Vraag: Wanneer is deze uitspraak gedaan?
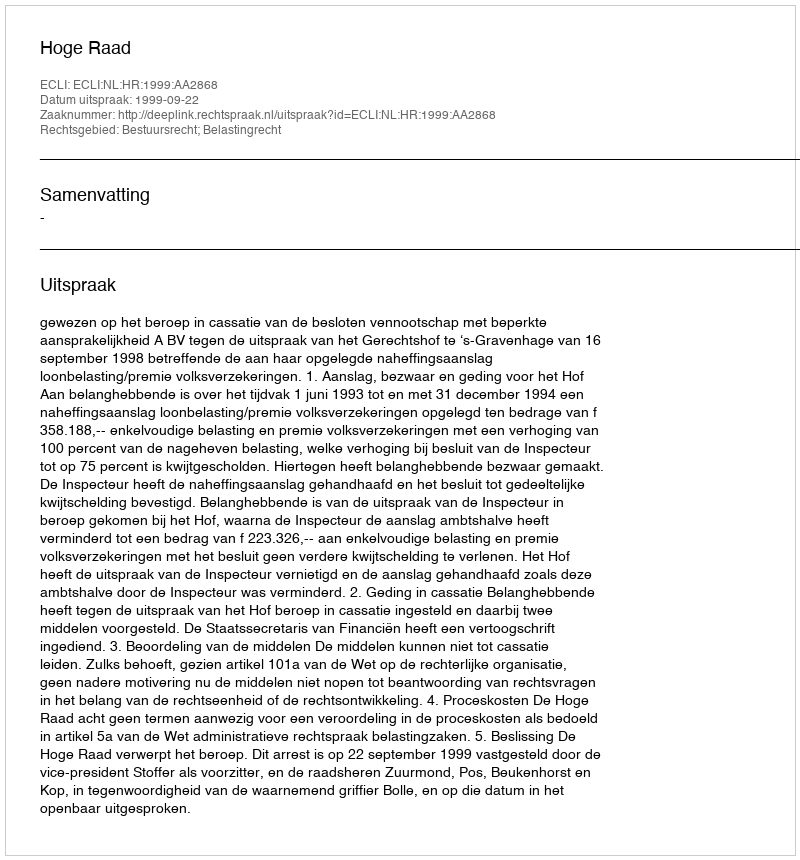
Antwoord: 1999-09-22